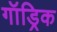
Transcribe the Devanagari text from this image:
गॉड्रिक